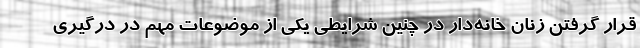
قرار گرفتن زنان خانه‌دار در چنین شرایطی یکی از موضوعات مهم در درگیری